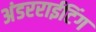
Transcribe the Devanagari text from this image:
अंडरराईटिंग